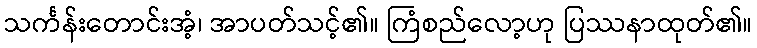
သင်္ကန်းတောင်းအံ့၊ အာပတ်သင့်၏။ ကြံစည်လော့ဟု ပြဿနာထုတ်၏။